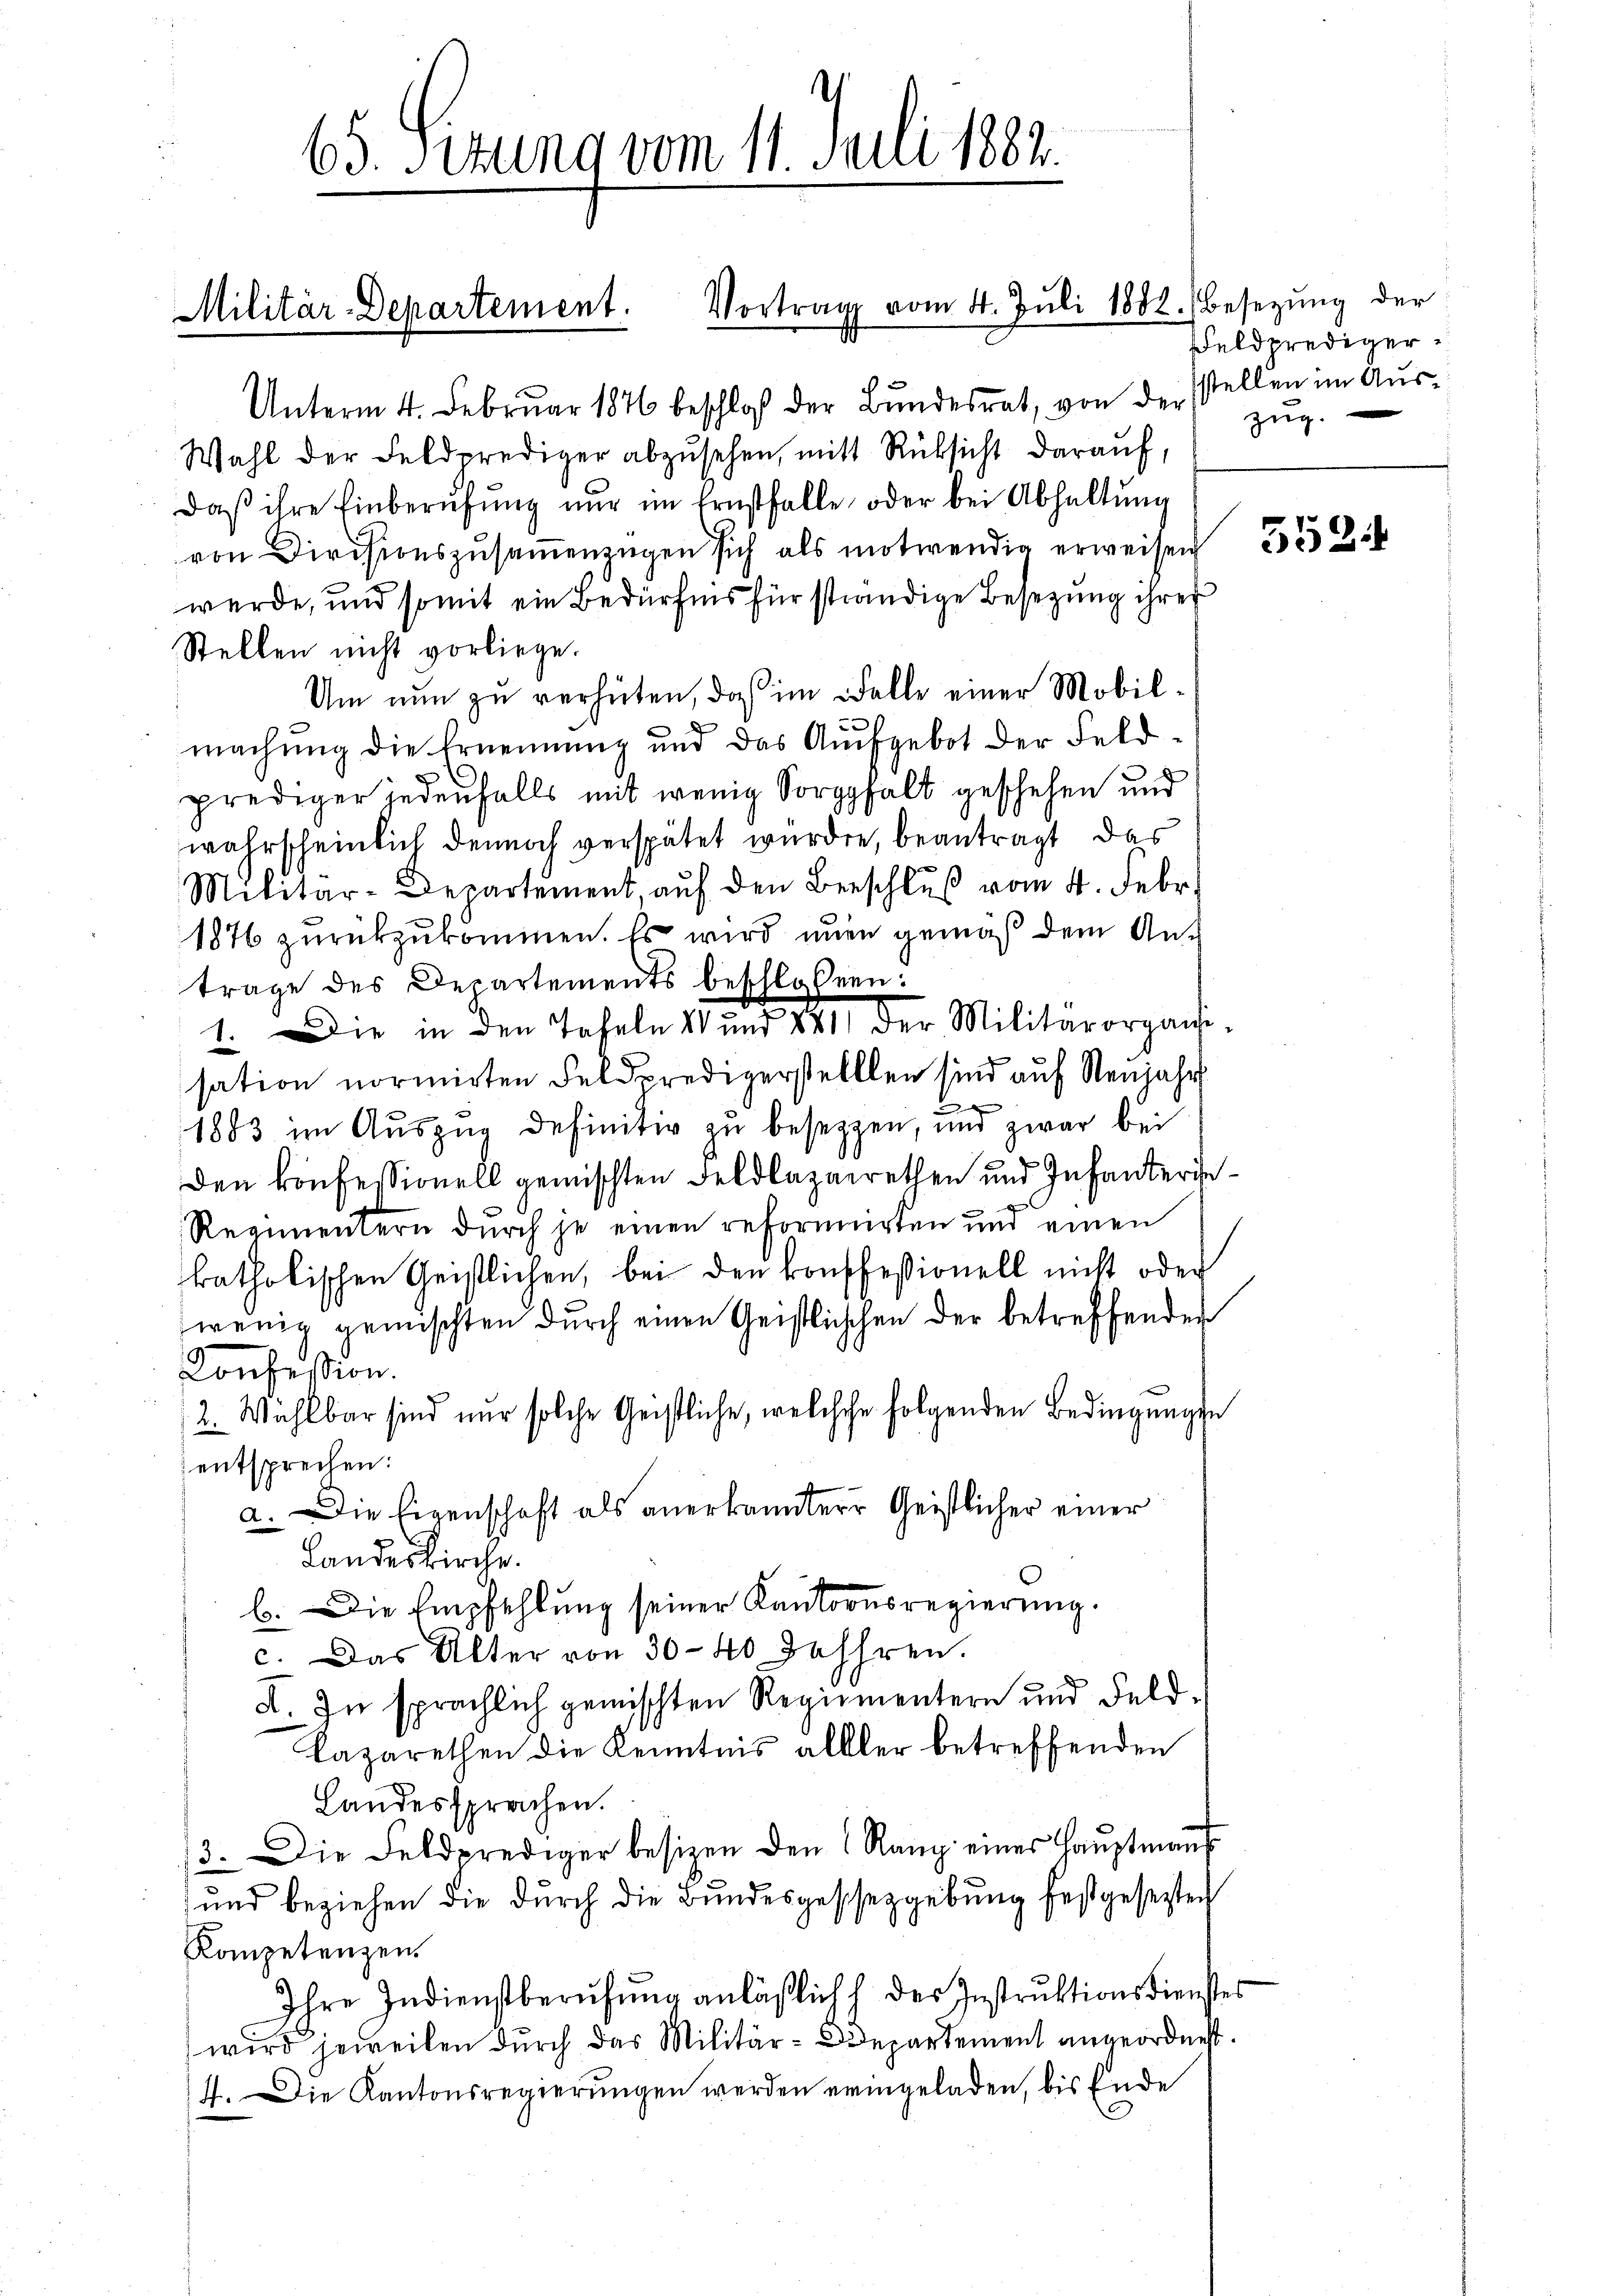
65. Sezung vom 11. Juli 1882.

Vortrag vom 4. Juli 1882. Besetzŭng der
Militär-Departement.

Unterm 4. Februar 1846 beschloß der Bundesrat, von der stellen im Aus¬
Wahl der Feldprediger abzŭsehen, mit Rücksicht darauf,
Daß ihre Einberufung nur im Ernstfalle oder bei Abhaltung
von Divisionszŭsaṁenzügen sich als motwendig erweisen
werde, und somit ein Bedürfnis für ständige Besetzung ihres
Stellen nicht vorliege.
Um nun zu verhüten, daß im Falle einer Mobil-
2
machung die Ernennung und das Ausgebot der Feld-
prediger jedenfalls mit wenig Sorgghalt geschehen und
wahrscheinlich dennoch verspätet wurden, beantragt das
Militär-Departement auf den Beschluß vom 4. Febr.
1876 zurückzukommen. Es wird unen gemäß dem Antrage des Departements beschloßen:
1. Die in den Tafeln V und 841 der Militärorgani-
sation normirten Feldpredigerstellten sind auf Neujahr
e
1883 im Auszug definitiv zu besezzen, und zwar bei
den konfessionell gemischten Feldlazarethen und Infanterie¬
Regimentern durch je einen reformierten und einen
katholischen Geistlichen, bei den konffeßionell nicht oder
wenig gemischten durch einen Geistischen der betreffenden
Consission.
2. Wahlbar sind nur solche Geistliche, welche folgenden Bedingungen
entsprechen:
a. Die Eigenschaft als anerkannterer Geistlicher einer
Landeskirche.
b. Die Empfehlung seiner Kantonsregierung.
c. Das Alter von 30–40 Jahren.
A. In sprachlich gemischten Regiementern und Feld-
Lazarethen die Kenntnis aller betreffenden
Landes sprachen.
3. Die Feldprediger besizen den 1 Rang eines Haŭptmaṅ
und beziehen die durch die Bundesgescheggebung festgesetzten
Kompetenzen.
Ihre Indienstberufung anläßlich des Instruktionsdienstes
wird jeweilen durch das Militär-Departement angeordnet.
4. Die Kantonsregierungen werden eringeladen, bis Ende

Feldprediger
zug.